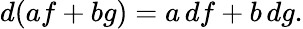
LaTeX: d(af+bg)=a\, df+b\, dg.